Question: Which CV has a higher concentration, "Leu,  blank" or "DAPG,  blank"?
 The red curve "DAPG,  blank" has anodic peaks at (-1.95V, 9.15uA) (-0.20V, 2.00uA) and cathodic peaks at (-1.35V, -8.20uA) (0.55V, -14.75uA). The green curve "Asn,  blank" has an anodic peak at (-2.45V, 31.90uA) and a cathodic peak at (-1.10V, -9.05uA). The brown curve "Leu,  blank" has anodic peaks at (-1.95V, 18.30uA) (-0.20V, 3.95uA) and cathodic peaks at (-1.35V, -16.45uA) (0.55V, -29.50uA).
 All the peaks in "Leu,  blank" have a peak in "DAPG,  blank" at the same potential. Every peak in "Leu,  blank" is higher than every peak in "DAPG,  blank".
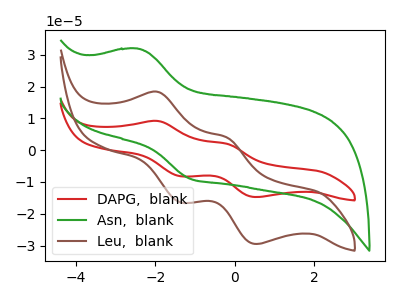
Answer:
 <answer>"Leu,  blank" has more signal than "DAPG,  blank" and so likely has a higher concentration.</answer>
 <eval>more_concentration</eval>